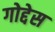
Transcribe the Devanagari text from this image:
गोद्देस